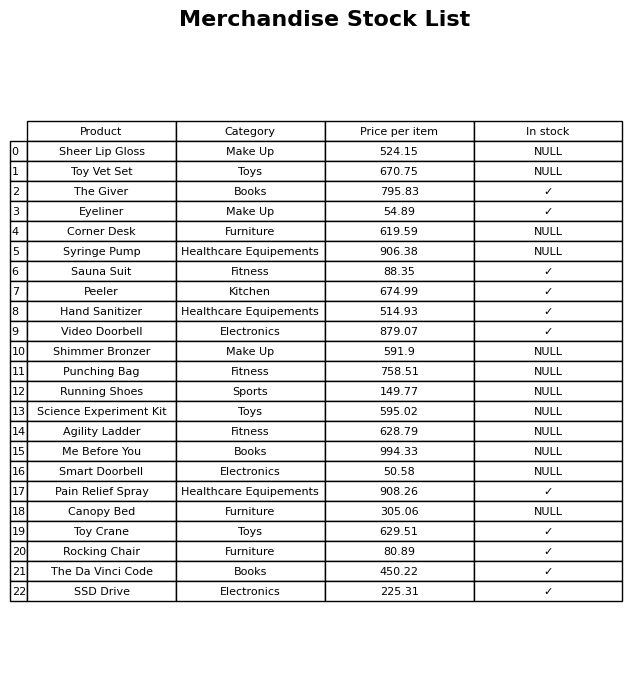
question: Which products are available in stock?
answer: The Giver, Eyeliner, Sauna Suit, Peeler, Hand Sanitizer, Video Doorbell, Pain Relief Spray, Toy Crane, Rocking Chair, The Da Vinci Code, SSD Drive